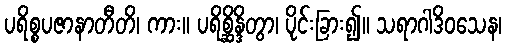
ပရိစ္စပဇာနာတီတိ၊ ကား။ ပရိစ္ဆိန္ဒိတွာ၊ ပိုင်းခြား၍။ သရာဂါဒိဝသေန၊